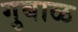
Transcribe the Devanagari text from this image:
गुबाळ